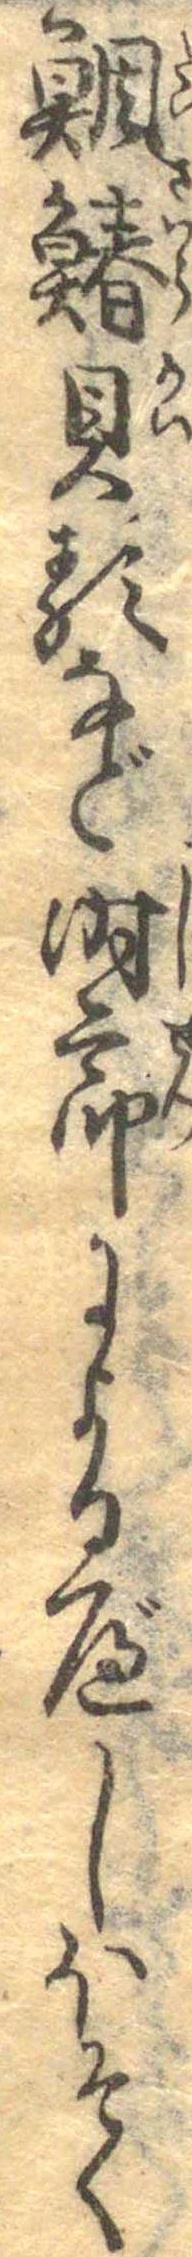
鯛鰆貝類など時節によるべしほそく